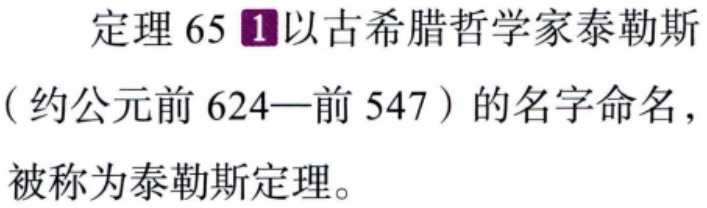
定理 65 \textcircled{1}以古希腊哲学家泰勒斯（约公元前 624—前 547）的名字命名，被称为泰勒斯定理。